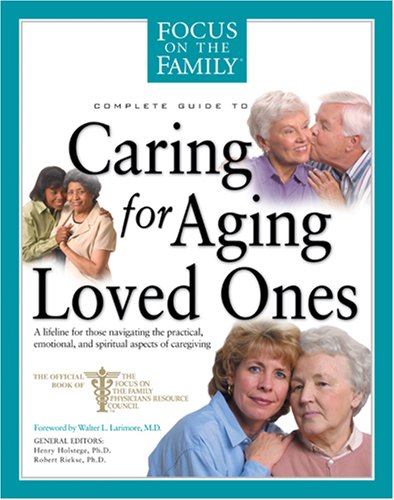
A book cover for Caring for Aging Loved Ones (Focus on the Family); Medical Books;